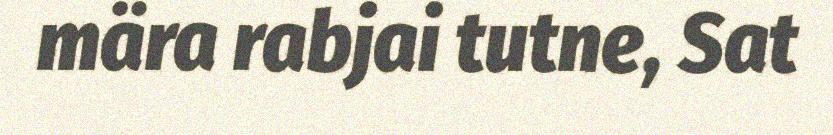
mära rabjai tutne, Sat